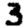
Digit: 3